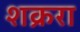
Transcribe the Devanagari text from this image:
शक्ररा